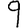
Digit: 9